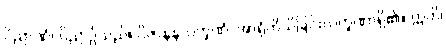
ဝိညာဏံ၊ ဝိညာဉ်သည်။ ဝိဇာနနလက္ခဏံ၊ အာရုံကိုသိခြင်းလက္ခဏာရှိ၏။ ဣတိ၊